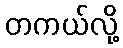
တကယ်လို့